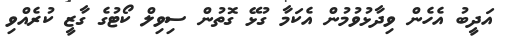
އަދީބު އެހެން ވިދާޅުވުމުން އެކަމާ ގުޅޭ ގޮތުން ސިވިލް ކޯޓުގެ ގާޒީ ކުރެއްވި